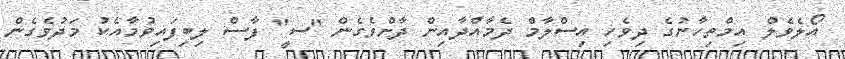
އޯލެވެލް އިމްތިހާނުގެ ދިވެހި އިސްލާމް ދެމާއްދާއިން ދާށްވެގެން "ސީ" ފާސް ލިބިފައިވުމާއެކު މަދުވެގެން